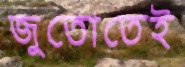
জুতোতেই